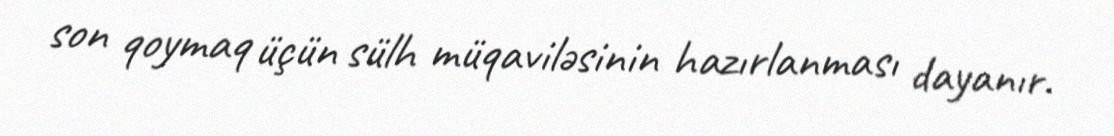
son qoymaq üçün sülh müqaviləsinin hazırlanması dayanır.